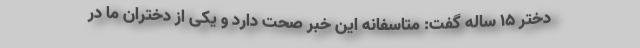
دختر ۱۵ ساله گفت: متاسفانه این خبر صحت دارد و یکی از دختران ما در